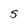
Character: S